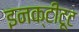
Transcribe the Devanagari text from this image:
इनक्टीटूट